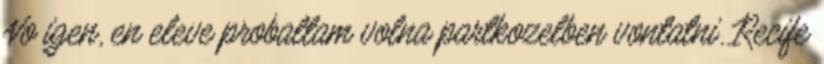
No igen, en eleve probaltam volna partkozelben vontatni. Recife